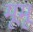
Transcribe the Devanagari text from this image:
मूमू